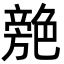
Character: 䒍